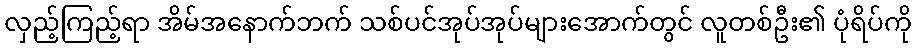
လှည့်ကြည့်ရာ အိမ်အနောက်ဘက် သစ်ပင်အုပ်အုပ်များအောက်တွင် လူတစ်ဦး၏ ပုံရိပ်ကို